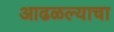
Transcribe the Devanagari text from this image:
आढळल्याचा